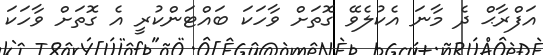
އަފްރާޙް ދެ މާނަ އެކުލެވޭ ގޮތަށް ވާހަކަ ބައްޓަންކުރީ އެ ގޮތަށް ވާހަކަ